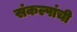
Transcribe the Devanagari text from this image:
संकल्पांची